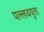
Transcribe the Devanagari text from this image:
पल्लवयुता